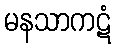
မနသာကဋံ